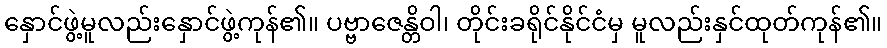
နှောင်ဖွဲ့မူလည်းနှောင်ဖွဲ့ကုန်၏။ ပဗ္ဗာဇေန္တိဝါ၊ တိုင်းခရိုင်နိုင်ငံမှ မူလည်းနှင်ထုတ်ကုန်၏။